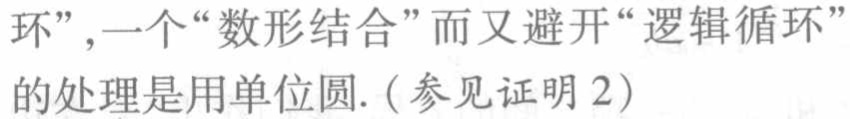
环”，一个“数形结合”而又避开“逻辑循环”的处理是用单位圆.（参见证明 2）